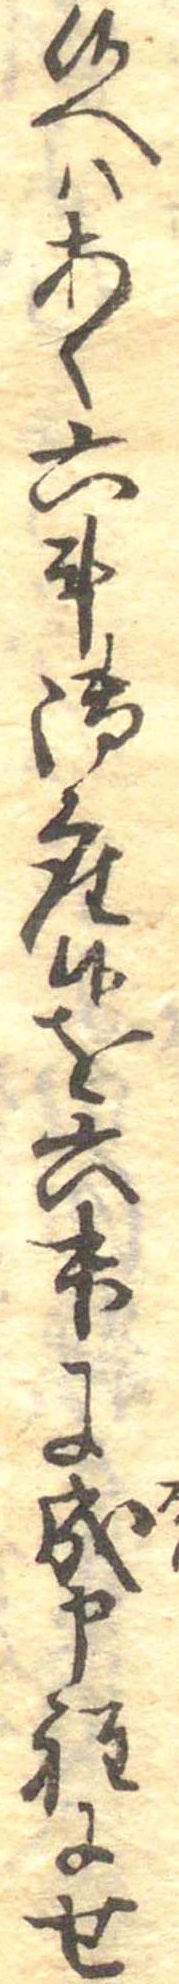
候へはあく六斗御座候を六升に成申程にせ